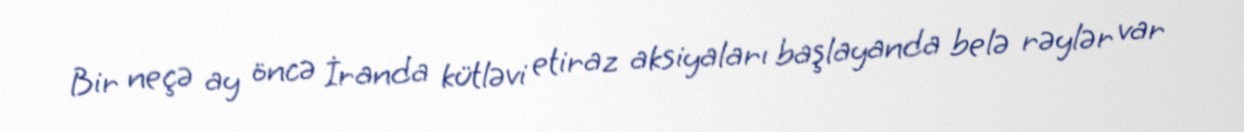
Bir neçə ay öncə İranda kütləvi etiraz aksiyaları başlayanda belə rəylər var